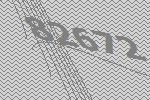
82672